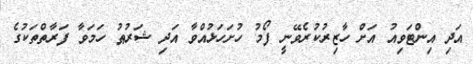
އަދި އިންޓަވިއު އަށް ހާޒިރުކުރެވޭނީ ފޯމު ހުށަހަޅުއްވާ އަދި ޝަރުޠު ހަމަވާ ފަރާތްތަކުގެ